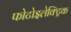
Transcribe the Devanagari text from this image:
फोटोइलेक्ट्रिक